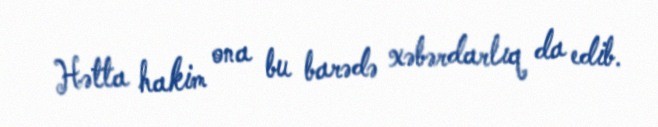
Hətta hakim ona bu barədə xəbərdarlıq da edib.